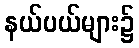
နယ်ပယ်များ၌